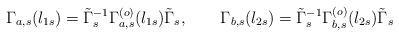
\begin{align*}\Gamma_{a,s}(l_{1s})=\tilde\Gamma_s^{-1}\Gamma_{ a ,s}^{(o)}(l_{1s})\tilde\Gamma_s, \qquad \Gamma_{b,s}(l_{2s})=\tilde\Gamma_s^{-1}\Gamma_{b ,s}^{(o)}(l_{2s})\tilde\Gamma_s\end{align*}